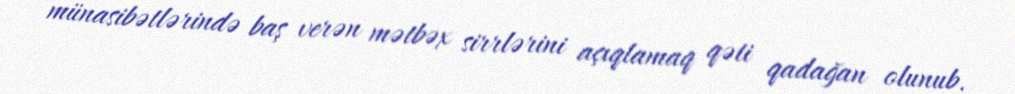
münasibətlərində baş verən mətbəx sirrlərini açıqlamaq qəti qadağan olunub.